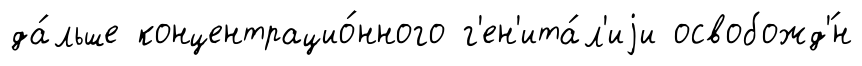
да́льше концентрацио́нного г'ен'ита́л'иjи освобожд'́н